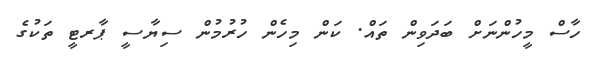
ހާސް މީހުންނަށް ބަދަވިން ތައް. ކަން މިހެން ހުރުމުން ސިޔާސީ ޕާރޓީ ތަކުގެ